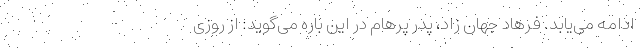
ادامه می‌یابد. فرهاد جهان زاد، پدر پرهام در این باره می‌گوید: از روزی